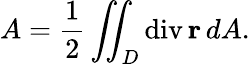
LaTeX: A={\frac{1}{2}}\iint_{D}\operatorname{div}\mathbf{r}\, dA.